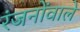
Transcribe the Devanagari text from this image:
रंजनोंवाले